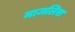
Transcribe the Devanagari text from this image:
माजलिस